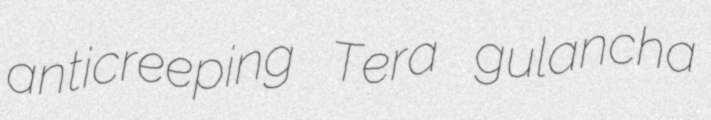
anticreeping Tera gulancha